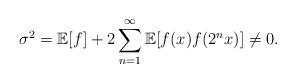
LaTeX: \begin{align*}\sigma^2=\mathbb{E}[f]+2\sum_{n=1}^{\infty}\mathbb{E}[f(x)f(2^nx)]\neq 0.\end{align*}